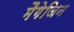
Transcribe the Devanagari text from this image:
मैगेजिन